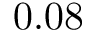
0 . 0 8